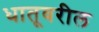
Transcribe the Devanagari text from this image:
धातूवरील